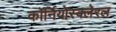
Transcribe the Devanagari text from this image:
कॉर्नियोस्क्लेरल